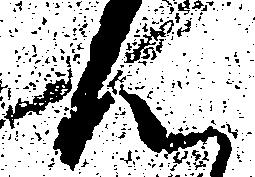
ん